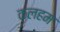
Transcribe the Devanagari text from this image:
कलहम